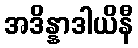
အဒိန္နာဒါယိနီ